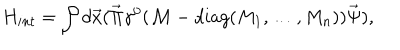
LaTeX: H _ { i n t } = \int d \vec { x } ( \vec { \Pi } \gamma ^ { 0 } ( { \cal M } - d i a g ( M _ { 1 } , \ldots , M _ { n } ) ) \vec { \Psi } ) ,